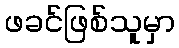
ဖခင်ဖြစ်သူမှာ